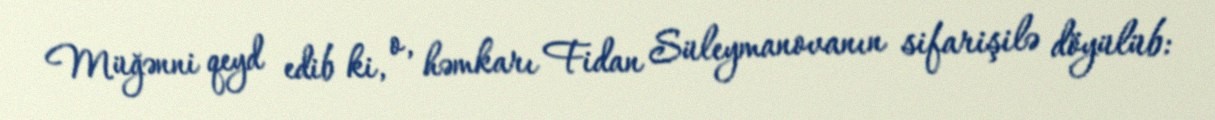
Müğənni qeyd edib ki, o, həmkarı Fidan Süleymanovanın sifarişilə döyülüb: